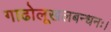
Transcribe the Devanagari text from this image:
गाढोलूखलबन्धनः।